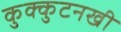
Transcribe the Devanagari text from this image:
कुक्कुटनखी